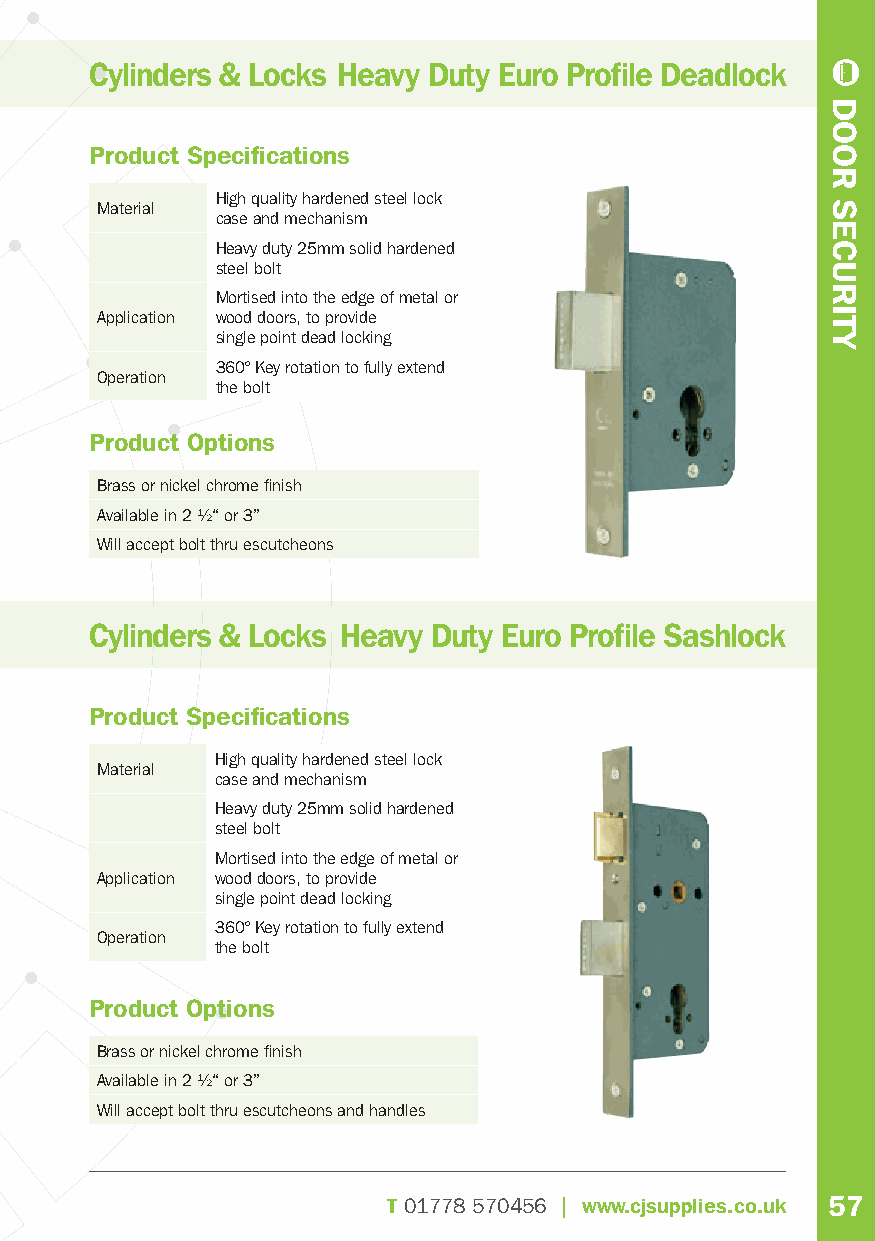
Cylinders & Locks Heavy Duty Euro Profi le Deadlock
 Product Specifi cations
 High quality hardened steel lock
 Material
 case and mechanism
 Heavy duty 25mm solid hardened
 steel bolt
 Mortised into the edge of metal or
 Application wood doors, to provide
 single point dead locking
 360° Key rotation to fully extend
 Operation
 the bolt
 Product Options
 Brass or nickel chrome fi nish
 Available in 2 ½“ or 3”
 Will accept bolt thru escutcheons
 Cylinders & Locks Heavy Duty Euro Profi le Sashlock
 Product Specifi cations
 High quality hardened steel lock
 Material
 case and mechanism
 Heavy duty 25mm solid hardened
 steel bolt
 Mortised into the edge of metal or
 Application wood doors, to provide
 single point dead locking
 360° Key rotation to fully extend
 Operation
 the bolt
 Product Options
 Brass or nickel chrome fi nish
 Available in 2 ½“ or 3”
 Will accept bolt thru escutcheons and handles
 T01778 570456 | www.cjsupplies.co.uk 57
 DOOR
 SECURITY